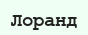
Лоранд